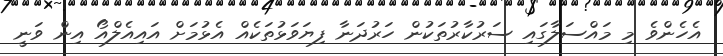
އެހެންވެ މި މައްސަލާގައި ސަރުކާރުތަކުން ހަރުދަނާ ފިޔަވަޅުތަކެއް އެޅުމަށް އައިއެލްއޯ އިން ވަނީ